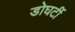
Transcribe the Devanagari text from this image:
डोघर्टी